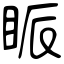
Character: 眽